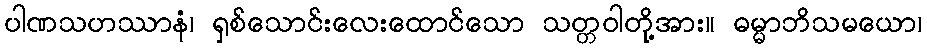
ပါဏသဟဿာနံ၊ ရှစ်သောင်းလေးထောင်သော သတ္တဝါတို့အား။ ဓမ္မာဘိသမယော၊